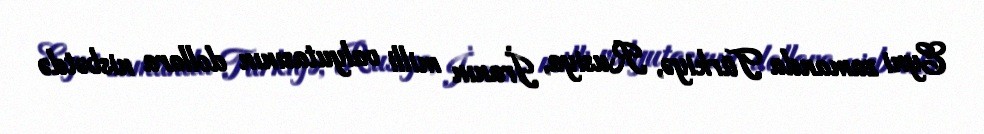
Eyni zamanda Türkiyə, Rusiya, İranın milli valyutasının dollara nisbətdə